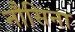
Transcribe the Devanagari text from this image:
नौसिना